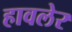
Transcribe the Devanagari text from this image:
हावलेर